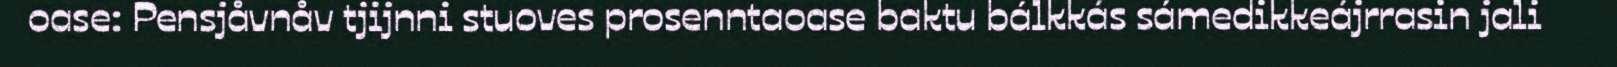
oase: Pensjåvnåv tjijnni stuoves prosenntaoase baktu bálkkás sámedikkeájrrasin jali